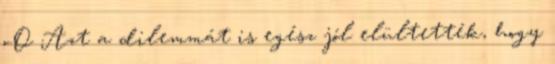
o.O Azt a dilemmát is egész jól elültették, hogy